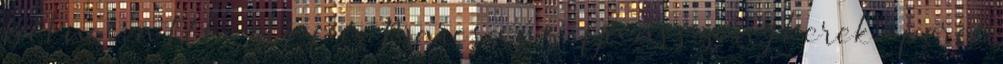
Béluci, a tékozló fiú. Marcsa az ifjú asszony kerek-perec